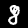
Label: 8